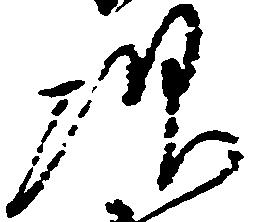
次